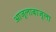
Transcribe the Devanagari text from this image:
आजूलाबाजूला